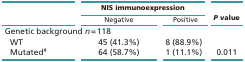
<table><thead><tr><td rowspan="2"></td><td colspan="2"><b>NIS immunoexpression</b></td><td rowspan="2"><b><i>P</i> value</b></td></tr><tr><td><b>Negative</b></td><td><b>Positive</b></td></tr></thead><tbody><tr><td colspan="4">Genetic background <i>n</i> = 118</td></tr><tr><td> WT</td><td>45 (41.3%)</td><td>8 (88.9%)</td><td></td></tr><tr><td> Mutated<sup>#</sup></td><td>64 (58.7%)</td><td>1 (11.1%)</td><td>0.011</td></tr></tbody></table>